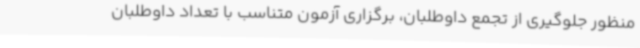
منظور جلوگیری از تجمع داوطلبان، برگزاری آزمون متناسب با تعداد داوطلبان